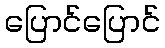
ပြောင်ပြောင်